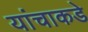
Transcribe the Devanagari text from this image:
यांचाकडे